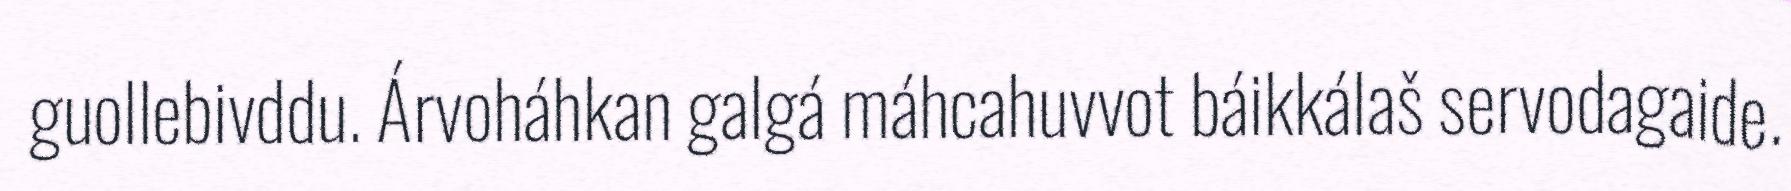
guollebivddu. Árvoháhkan galgá máhcahuvvot báikkálaš servodagaide.